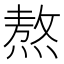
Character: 熬